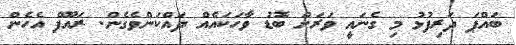
ބައްޕަ ދަރިފުޅު މި ގެނައީ ވަރަށް ބޮޑު ވާހަކައެއް ދައްކަންވެގެން. ރައޫފް އެހެން